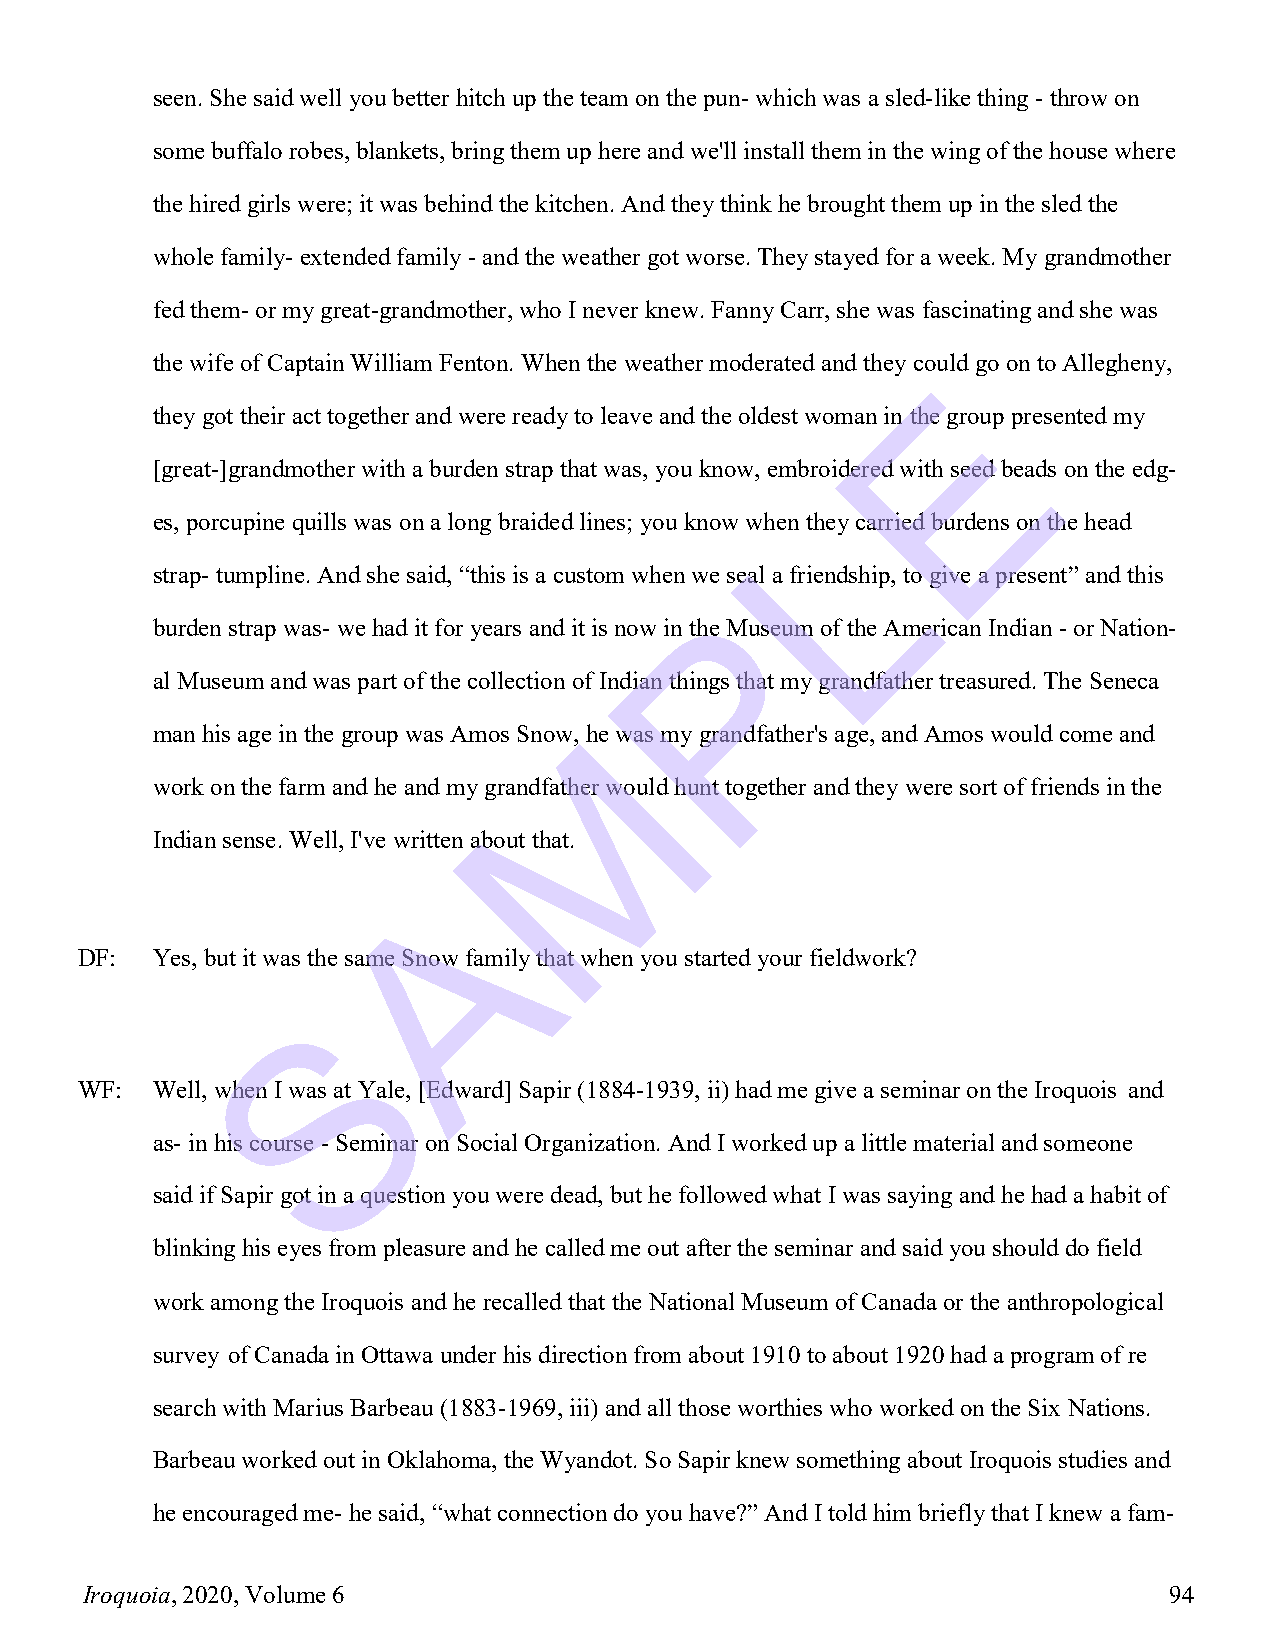
seen. She said well you better hitch up the team on the pun- which was a sled-like thing - throw on
 some buffalo robes, blankets, bring them up here and we'll install them in the wing of the house where
 the hired girls were; it was behind the kitchen. And they think he brought them up in the sled the
 whole family- extended family - and the weather got worse. They stayed for a week. My grandmother
 fed them- or my great-grandmother, who I never knew. Fanny Carr, she was fascinating and she was
 the wife of Captain William Fenton. When the weather moderated and they could go on to Allegheny,
 E
 they got their act together and were ready to leave and the oldest woman in the group presented my
 [great-]grandmother with a burden strap that was, you know, embroidered with seed beads on the edg-
 L
 es, porcupine quills was on a long braided lines; you know when they carried burdens on the head
 strap- tumpline. And she said, “this is a custom when we seal a friendship, to give a present” and this
 P
 burden strap was- we had it for years and it is now in the Museum of the American Indian - or Nation-
 al Museum and was part of the collection of Indian things that my grandfather treasured. The Seneca
 M
 man his age in the group was Amos Snow, he was my grandfather's age, and Amos would come and
 work on the farm and he and my grandfather would hunt together and they were sort of friends in the
 Indian sense. Well, I've written about that.
 A
 DF:  Yes, but it was the same Snow family that when you started your fieldwork?
 S
 WF:  Well, when I was at Yale, [Edward] Sapir (1884-1939, ii) had me give a seminar on the Iroquois and
 as- in his course - Seminar on Social Organization. And I worked up a little material and someone
 said if Sapir got in a question you were dead, but he followed what I was saying and he had a habit of
 blinking his eyes from pleasure and he called me out after the seminar and said you should do field
 work among the Iroquois and he recalled that the National Museum of Canada or the anthropological
 survey of Canada in Ottawa under his direction from about 1910 to about 1920 had a program of re
 search with Marius Barbeau (1883-1969, iii) and all those worthies who worked on the Six Nations.
 Barbeau worked out in Oklahoma, the Wyandot. So Sapir knew something about Iroquois studies and
 he encouraged me- he said, “what connection do you have?” And I told him briefly that I knew a fam-
 Iroquoia, 2020, Volume 6                                                94